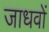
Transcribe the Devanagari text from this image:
जाधवों